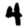
Digit: 4